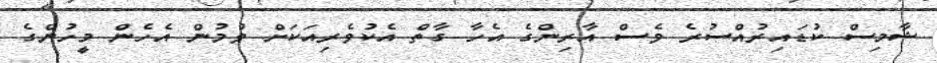
ޝާމިސް ކުޑައިރުއްސުރެ ވެސް އާރިންގެ އެހާ ގާތް އެކުވެރިއަކަށް ވުމުން އެހެން މީހުންގެ